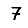
Digit: 7